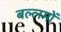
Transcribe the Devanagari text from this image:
बल्लमों